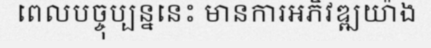
ពេលបច្ចុប្បន្ននេះ មានការអភិវឌ្ឍយ៉ាង